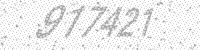
Solution: 917421